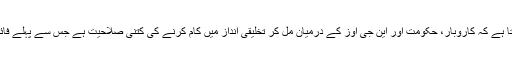
ایسا قدم جو یہ ظاہر کرتا ہے کہ کاروبار، حکومت اور این جی اوز کے درمیان مل کر تخلیقی انداز میں کام کرنے کی کتنی صلاحیت ہے جس سے پہلے فائدہ نہیں اٹھایا جا رہا تھا۔